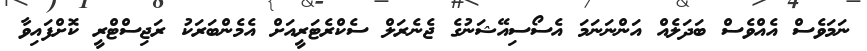
ނަމަވެސް އެއްވެސް ބަދަލެއް އަންނަނަމަ އެސޯސިއޭޝަނުގެ ޖެނެރަލް ސެކްރެޓަރީއަށް އެމެންބަރަކު ރަޖިސްޓްރީ ކޮށްފައިވާ